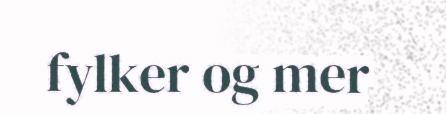
fylker og mer